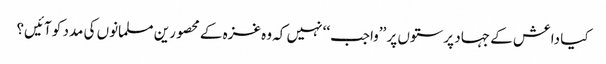
کیا داعش کے جہاد پرستوں پر ’’واجب‘‘ نہیں کہ وہ غزہ کے محصورین مسلمانوں کی مدد کو آئیں؟